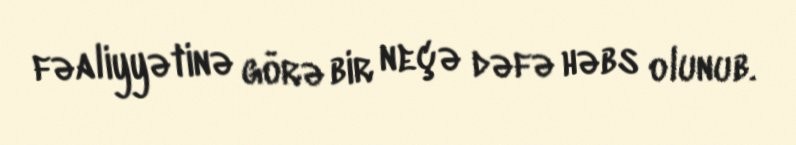
fəaliyyətinə görə bir neçə dəfə həbs olunub.